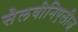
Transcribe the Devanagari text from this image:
सैलवीनिएलीज